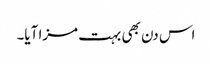
اس دن بھی بہت مزا آیا۔